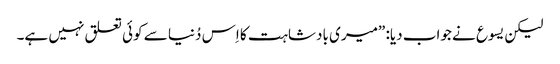
‏ لیکن یسوع نے جواب دیا:‏ ”‏میری بادشاہت کا اِس دُنیا سے کوئی تعلق نہیں ہے۔